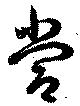
當